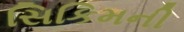
સિકિમની